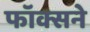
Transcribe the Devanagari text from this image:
फॉक्सने